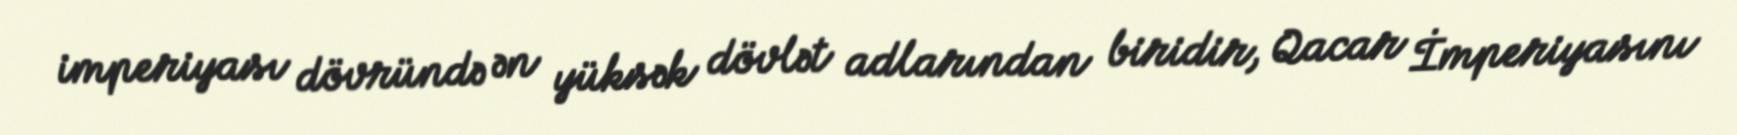
imperiyası dövründə ən yüksək dövlət adlarından biridir, Qacar İmperiyasını